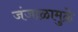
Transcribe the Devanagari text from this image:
जंजाळामुळे